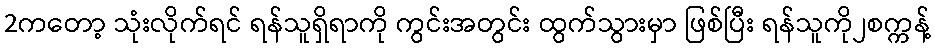
2ကတော့ သုံးလိုက်ရင် ရန်သူရှိရာကို ကွင်းအတွင်း ထွက်သွားမှာ ဖြစ်ပြီး ရန်သူကို၂စက္ကန့်